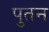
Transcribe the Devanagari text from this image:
पुतन